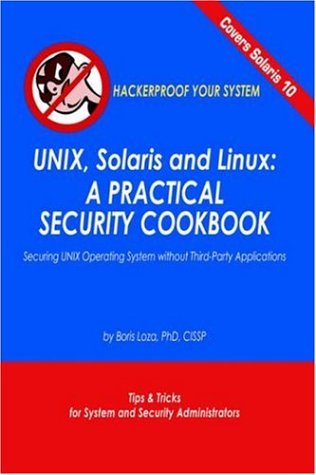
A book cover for Unix, Solaris and Linux: A Practical Security Cookbook: Securing Unix Operating System Without Third-Party Applications; Boris Loza; Computers & Technology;